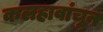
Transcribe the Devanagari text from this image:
कलहावांचून